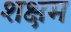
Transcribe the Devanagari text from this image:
शक्षम